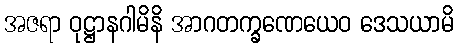
အဇရာ ဝုဋ္ဌာနဂါမိနိ အာဂတက္ခဏေယေဝ ဒေသယာမိ